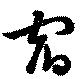
宿